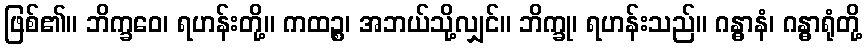
ဖြစ်၏။ ဘိက္ခဝေ၊ ရဟန်းတို့။ ကထဉ္စ၊ အဘယ်သို့လျှင်။ ဘိက္ခု၊ ရဟန်းသည်။ ဂန္ဓာနံ၊ ဂန္ဓာရုံတို့